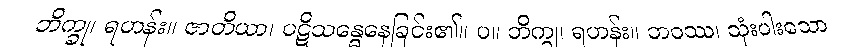
ဘိက္ခု၊ ရဟန်း။ ဇာတိယာ၊ ပဋိသန္ဓေနေခြင်း၏။ ပ။ ဘိက္ခု၊ ရဟန်း။ ဘဝဿ၊ သုံးပါးသော